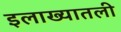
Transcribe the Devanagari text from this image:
इलाख्यातली